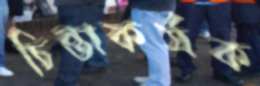
চিন্তাকর্ষক